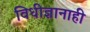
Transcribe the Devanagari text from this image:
विधीज्ञानाही